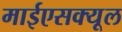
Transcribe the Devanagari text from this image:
माईएसक्यूल